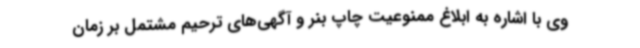
وی با اشاره به ابلاغ ممنوعیت چاپ بنر و آگهی‌های ترحیم مشتمل بر زمان